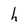
Character: h